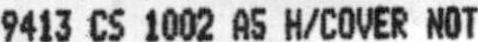
9413 CS 1002 A5 H/COVER NOT